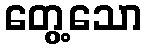
တွေ့သော